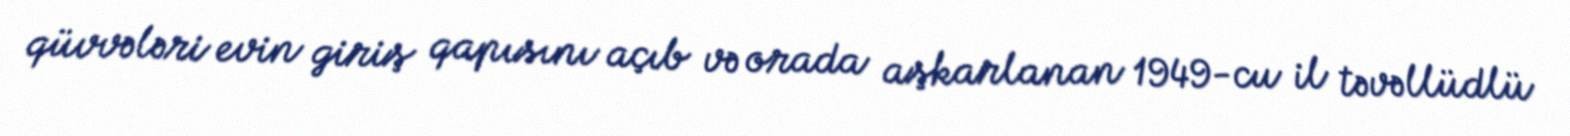
qüvvələri evin giriş qapısını açıb və orada aşkarlanan 1949-cu il təvəllüdlü